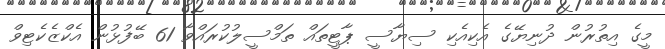
މީގެ އިތުރުން ދުނިޔޭގެ އެކިއެކި ސިޔާސީ ޕާޓީތައް ތަމްސީލުކުރައްވާ 61 ބޭފުޅުން އެކްޒެކެޓިވް